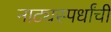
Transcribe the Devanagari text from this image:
नाट्यस्पर्धांची